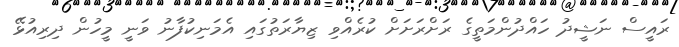
ރައީސް ނަޝީދު ހައްދުންމަތީގެ ރަށްރަށަށް ކުރެއްވި ޒިޔާރަތުގައި އެމަނިކުފާނު ވަނީ މީހުން ދިރިއުޅޭ